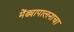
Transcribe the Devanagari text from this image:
मेंढ्यापालनाचा